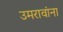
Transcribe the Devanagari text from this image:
उमरावांना